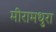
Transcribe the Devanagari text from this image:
मीरामधुरा